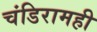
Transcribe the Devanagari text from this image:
चंडिरामही